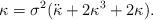
LaTeX: \begin{align*}\kappa=\sigma^2(\ddot{\kappa}+2\kappa^3+2\kappa).\end{align*}